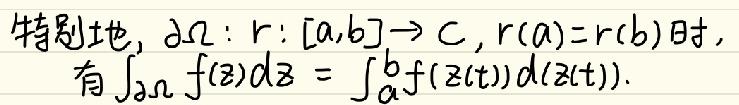
特别地, $\partial\Omega: r:[a,b]\to\mathbb{C}, r(a)=r(b)$ 时,
有 $\int_{\partial\Omega} f(z)dz = \int_{a}^{b}f(z(t))d(z(t))$.